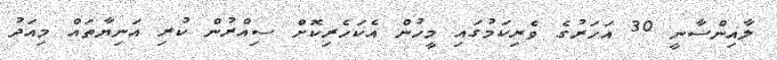
ލާއިންސާނީ 30 އަހަރުގެ ވެރިކަމުގައި މީހުން އެކަހެރިކޮށް ސިއްރުން ކުރި އަނިޔާތައް މިއަދު